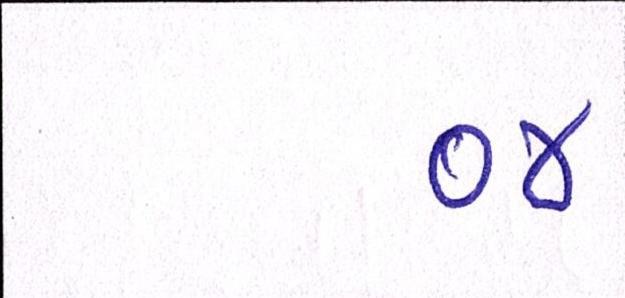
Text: ૦૪